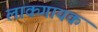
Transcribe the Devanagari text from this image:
लाकगायक